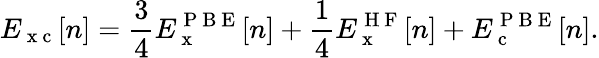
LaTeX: E_{\mathrm{~x~c~}}[n]=\frac{3}{4}E_{\mathrm{~x~}}^{\mathrm{~P~B~E~}}[n]+\frac{1}{4}E_{\mathrm{~x~}}^{\mathrm{~H~F~}}[n]+E_{\mathrm{~c~}}^{\mathrm{~P~B~E~}}[n].